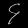
Digit: ၄